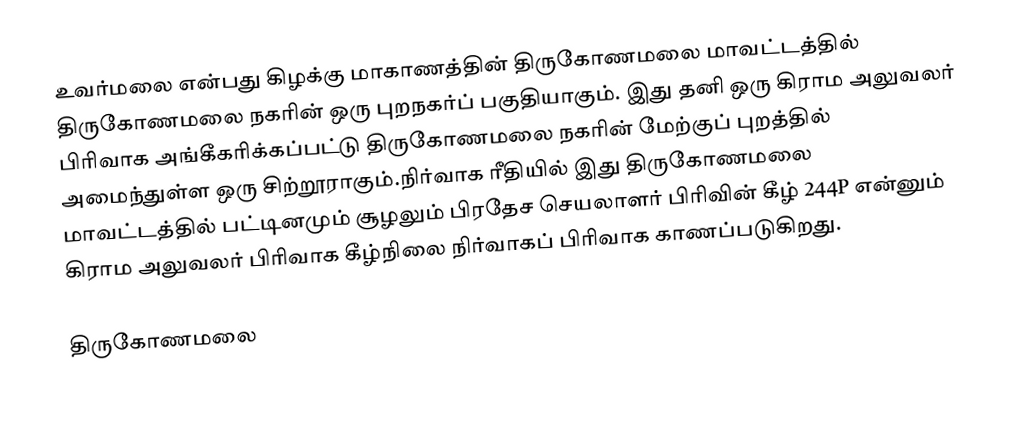
உவர்மலை என்பது கிழக்கு மாகாணத்தின் திருகோணமலை மாவட்டத்தில் திருகோணமலை நகரின் ஒரு புறநகர்ப் பகுதியாகும். இது தனி ஒரு கிராம அலுவலர் பிரிவாக அங்கீகரிக்கப்பட்டு திருகோணமலை நகரின் மேற்குப் புறத்தில் அமைந்துள்ள ஒரு சிற்றூராகும்.நிர்வாக ரீதியில் இது திருகோணமலை மாவட்டத்தில் பட்டினமும் சூழலும் பிரதேச செயலாளர் பிரிவின் கீழ் 244P என்னும் கிராம அலுவலர் பிரிவாக கீழ்நிலை நிர்வாகப் பிரிவாக காணப்படுகிறது.

திருகோணமலை